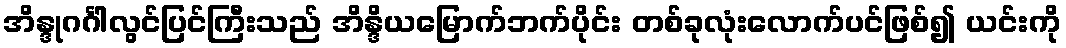
အိန္ဒုဂင်္ဂါလွင်ပြင်ကြီးသည် အိန္ဒိယမြောက်ဘက်ပိုင်း တစ်ခုလုံးလောက်ပင်ဖြစ်၍ ယင်းကို